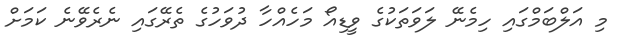
މި އަލްބަމްގައި ހިމެނޭ ލަވަތަކުގެ ވީޑިއޯ މަހެއްހާ ދުވަހުގެ ތެރޭގައި ނެރެވޭނެ ކަމަށް